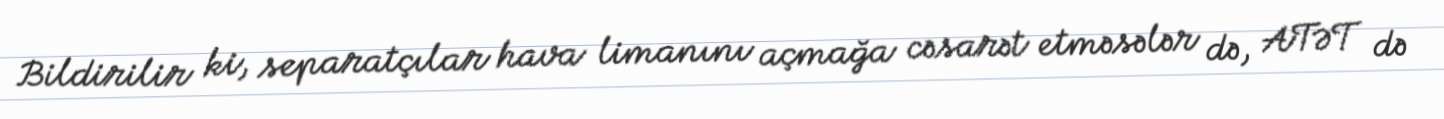
Bildirilir ki, separatçılar hava limanını açmağa cəsarət etməsələr də, ATƏT də